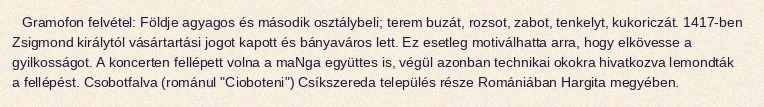
Gramofon felvétel: Földje agyagos és második osztálybeli; terem buzát, rozsot, zabot, tenkelyt, kukoriczát. 1417-ben Zsigmond királytól vásártartási jogot kapott és bányaváros lett. Ez esetleg motiválhatta arra, hogy elkövesse a gyilkosságot. A koncerten fellépett volna a maNga együttes is, végül azonban technikai okokra hivatkozva lemondták a fellépést. Csobotfalva (románul "Cioboteni") Csíkszereda település része Romániában Hargita megyében.